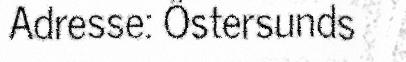
Adresse: Östersunds